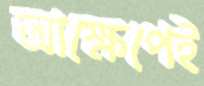
আক্ষেপেই